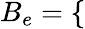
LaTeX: B_{e}=\left\{ \begin{array}{ll}{\begin{array}{rlr}\end{array}}\end{array}\right.